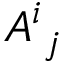
A ^ { i } { } _ { j }